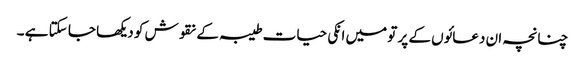
چنانچہ ان دعائوں کے پر تو میں انکی حیات طیبہ کے نقوش کو دیکھا جا سکتا ہے ۔